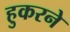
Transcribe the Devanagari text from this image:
हुकरने